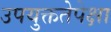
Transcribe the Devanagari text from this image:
उपयुक्ततेपेक्षा